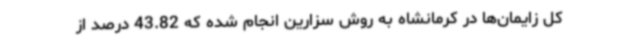
کل زایمان‌ها در کرمانشاه به روش سزارین انجام شده که 43.82 درصد از